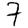
Digit: 7